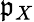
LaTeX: \mathfrak{p}_{X}